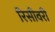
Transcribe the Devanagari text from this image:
रिसीवरी